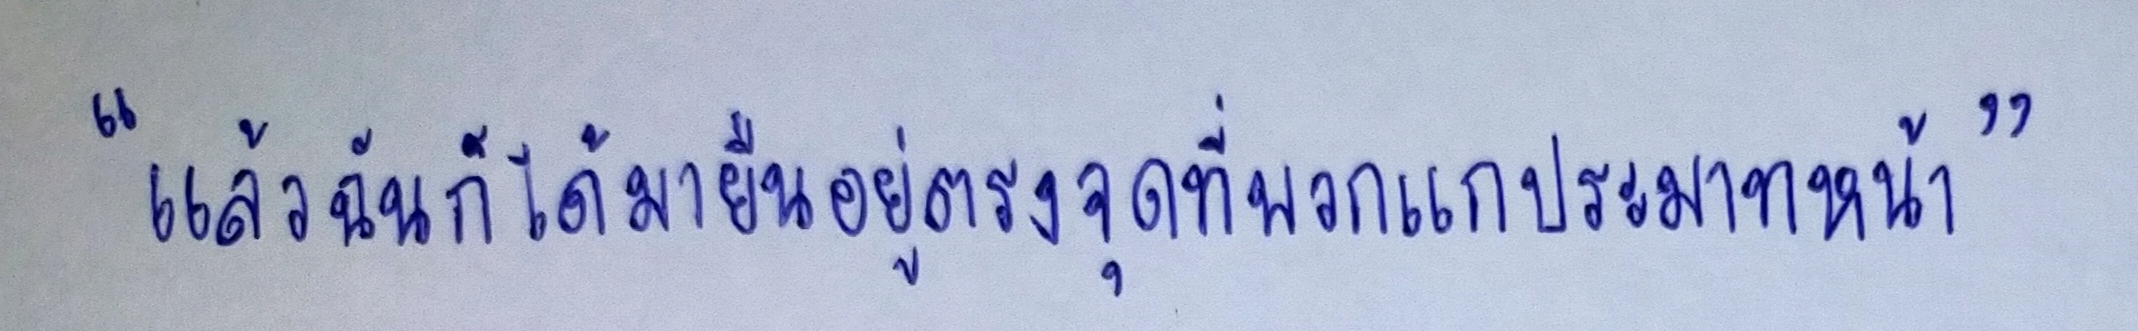
"แล้วฉันก็ได้มายืนอยู่ตรงจุดที่พวกแกประมาทหน้า"